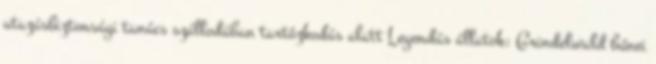
utazásbiztonsági tanács szállodában tartózkodás alatt Legendás állatok: Grindelwald bűnei